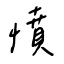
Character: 憤